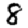
Digit: 8